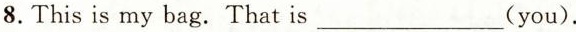
8.This is my bag. That is___(you).